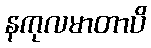
နကုလမာတာပိ